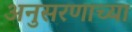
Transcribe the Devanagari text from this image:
अनुसरणाच्या